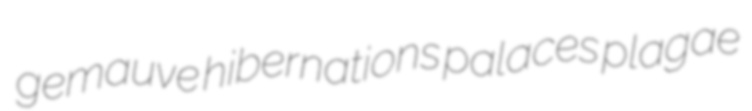
gemauve hibernations palaces plagae